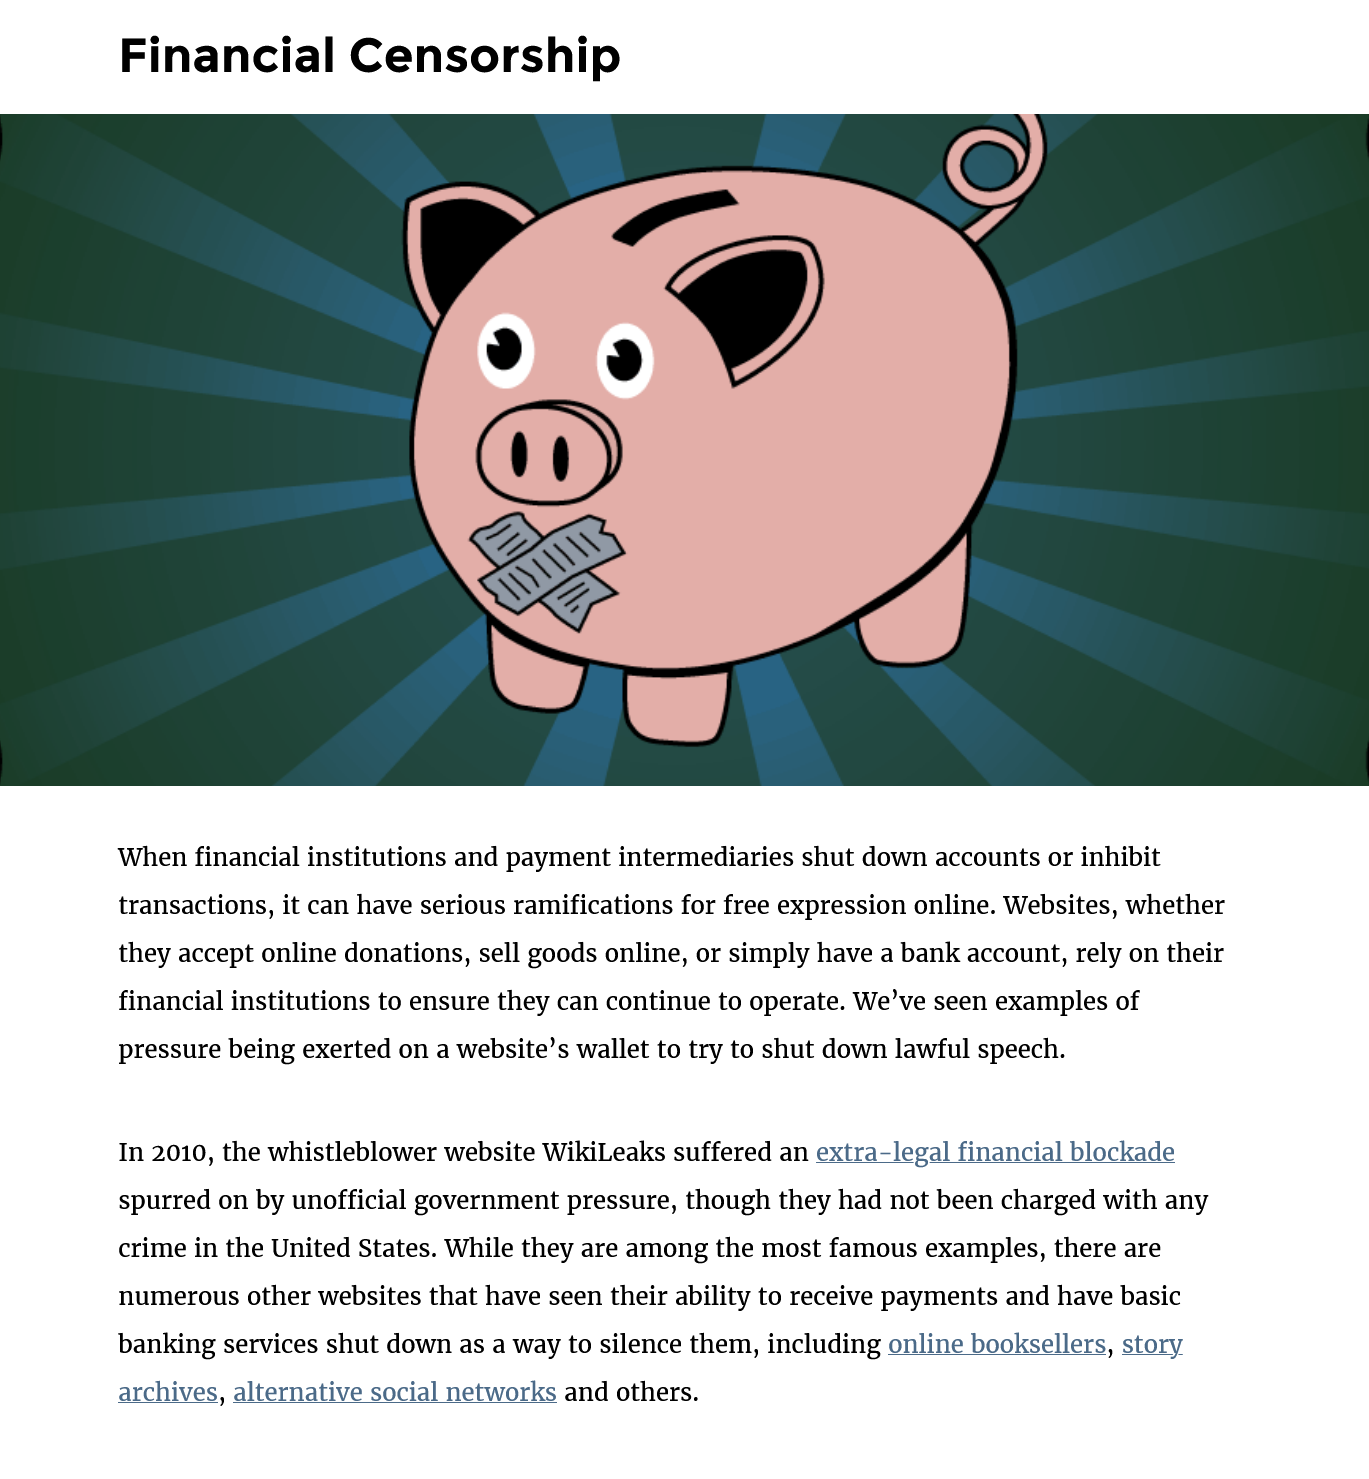
Financial    Censorship
     In 2010, the whistleblower website WikiLeaks suffered an extra-legal financial blockade
     spurred on by unofficial government pressure, though they had not been charged with any
     crime in the United States. While they are among the most famous examples, there are
     numerous other websites that have seen their ability to receive payments and have basic
     banking services shut down as a way to silence them, including online booksellers, story

     archives, alternative social networks and others.
     When financial institutions and payment intermediaries shut down accounts or inhibit
     transactions, it can have serious ramifications for free expression online. Websites, whether
     they accept online donations, sell goods online, or simply have a bank account, rely on their
     financial institutions to ensure they can continue to operate. We’ve seen examples of
     pressure being exerted on a website’s wallet to try to shut down lawful speech.